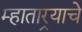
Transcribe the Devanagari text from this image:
म्हातार्‍याचे